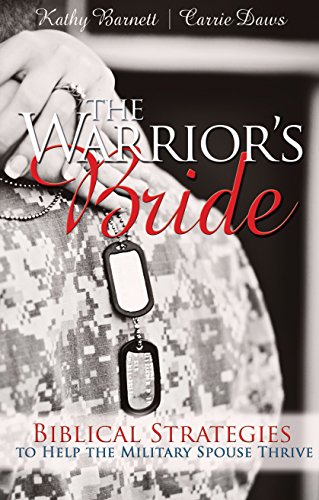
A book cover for The Warrior's Bride: Biblical Strategies to Help the Military Spouse Thrive; Kathy Barnett; Parenting & Relationships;